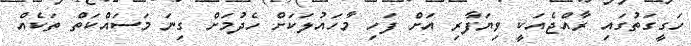
ހަގީގަތުގައި ރާއްޖެއަކީ ވިޔަފާރި އަށް ފަހި މާހައުލަކަށް ހެދުމަށް ގިނަ މަސައްކަތް ތަކެއް